Report on vaccination in Madras 1904-1921 - 1904-1921
Year: 1904
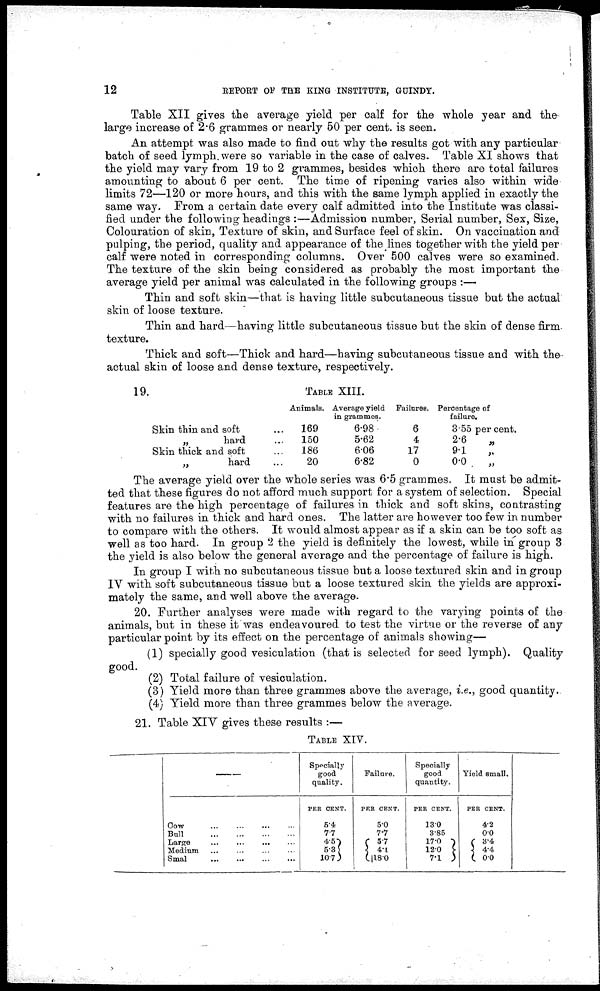
12
REPORT OF THE KING INSTITUTE, GUINDY.
Table XII gives the average yield per calf for the whole year and the
large increase of 2.6 grammes or nearly 50 per cent. is seen.
An attempt was also made to find out why the results got with any particular
batch of seed lymph were so variable in the case of calves. Table XI shows that
the yield may vary from 19 to 2 grammes, besides which there are total failures
amounting to about 6 per cent. The time of ripening varies also within wide
limits 72—120 or more hours, and this with the same lymph applied in exactly the
same way. From a certain date every calf admitted into the Institute was classi-
fied under the following headings :—Admission number, Serial number, Sex, Size,
Colouration of skin, Texture of skin, and Surface feel of skin. On vaccination and
pulping, the period, quality and appearance of the lines together with the yield per
calf were noted in corresponding columns. Over 500 calves were so examined.
The texture of the skin being considered as probably the most important the
average yield per animal was calculated in the following groups :—
Thin and soft skin—that is having little subcutaneous tissue but the actual
skin of loose texture.
Thin and hard—having little subcutaneous tissue but the skin of dense firm
texture.
Thick and soft—Thick and hard—having subcutaneous tissue and with the
actual skin of loose and dense texture, respectively.
19.
TABLE XIII.
Skin thin and soft ...
„
hard ...
Skin thick and soft ...
„
hard ...
Animals.
169
150
186
20
Average yield
in grammes.
6.98
5.62
6.06
6.82
Failures.
6
4
17
0
Percentage of
failure.
3.55 per cent.
2.6
„
9.1
„
0.0
„
The average yield over the whole series was 6.5 grammes. It must be admit-
ted that these figures do not afford much support for a system of selection. Special
features are the high percentage of failures in thick and soft skins, contrasting
with no failures in thick and hard ones. The latter are however too few in number
to compare with the others. It would almost appear as if a skin can be too soft as
well as too hard. In group 2 the yield is definitely the lowest, while in group 3
the yield is also below the general average and the percentage of failure is high.
In group I with no subcutaneous tissue but a loose textured skin and in group
IV with soft subcutaneous tissue but a loose textured skin the yields are approxi-
mately the same, and well above the average.
20. Further analyses were made with regard to the varying points of the
animals, but in these it was endeavoured to test the virtue or the reverse of any
particular point by its effect on the percentage of animals showing—
(1) specially good vesiculation (that is selected for seed lymph). Quality
good.
(2) Total failure of vesiculation.
(3) Yield more than three grammes above the average, i.e., good quantity.
(4) Yield more than three grammes below the average.
21. Table XIV gives these results :—
TABLE XIV.
—
Cow
...
...
...
...
Bull
...
...
...
...
Large
...
...
...
...
Medium ... ... ... ...
Smal
...
...
...
...
Specially
good
quality.
PER CENT.
5.4
7.7
4.5
5.3
10.7
Failure.
PER CENT.
5.0
7.7
5.7
4.1
18.0
Specially
good
quantity.
PER CENT.
13.0
3.85
17.0
12.0
7.1
Yield small.
PER CENT.
4.2
0.0
3.4
4.4
0.0